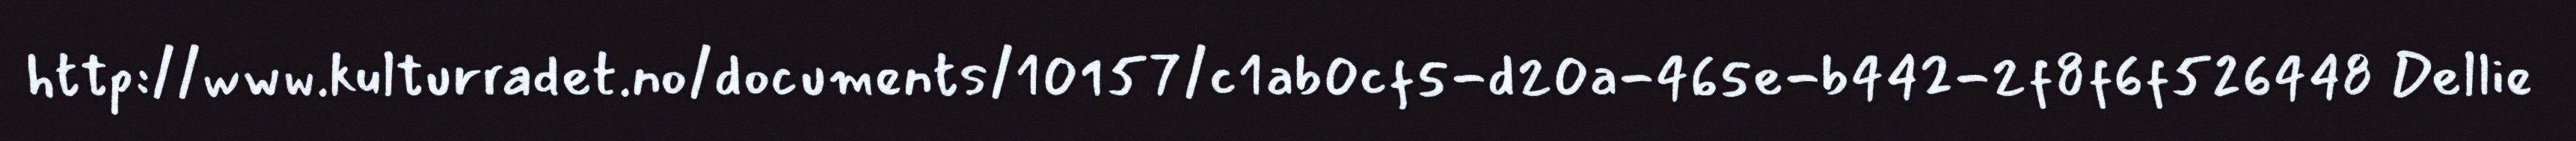
http://www.kulturradet.no/documents/10157/c1ab0cf5-d20a-465e-b442-2f8f6f526448 Dellie